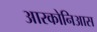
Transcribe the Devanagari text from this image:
आरकोनिआस